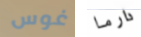
غوس دارما